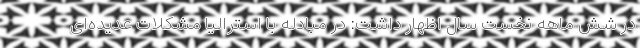
در شش ماهه‌ نخست سال اظهار داشت: در مبادله با استرالیا مشکلات عدیده‌ای